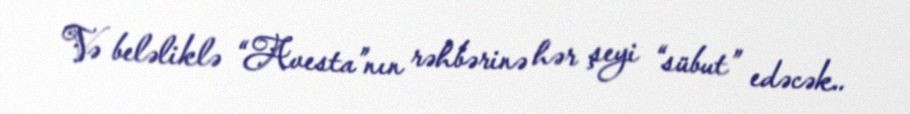
Və beləliklə “Avesta”nın rəhbərinə hər şeyi “sübut” edəcək..